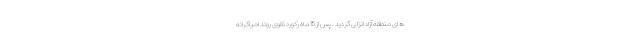
های منطقه آزاد انزلی گردید . پس از 15 ماه رکورد نقوی روند احیاگرانه